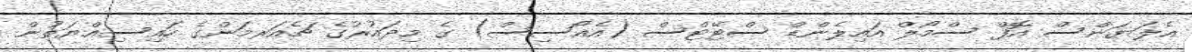
އެލަޔަންސް އޮފް ސްމޯލް އައިލެންޑް ސްޓޭޓްސް (އެއޯސިސް) ގެ މިދައުރުގެ ޗެއަރމަންގެ ހައިސިއްޔަތުން